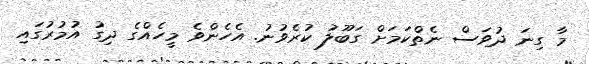
މާ ގިނަ ދުވަސް ނެތްކަމަށް ގަބޫލު ކުރެވުނު. އެހެންވެ މީހެއްގެ ދިގު އުމުރުގައި